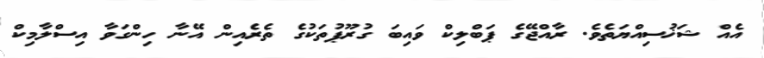
އެއް ޝަޚުސިއްޔަތެވެ. ރާއްޖޭގެ ޕަބްލިކް ވައިބަ ގުރޫޕުތަކުގެ ތެރެއިން އޭނާ ހިންގަވާ އިސްލާމިކް